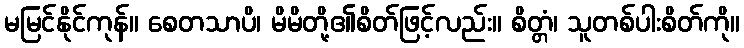
မမြင်နိုင်ကုန်။ စေတသာပိ၊ မိမိတို့၏စိတ်ဖြင့်လည်း။ စိတ္တံ၊ သူတစ်ပါးစိတ်ကို။